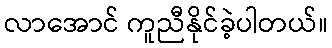
လာအောင် ကူညီနိုင်ခဲ့ပါတယ်။